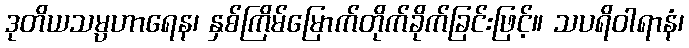
ဒုတိယသမ္ပဟာရေန၊ နှစ်ကြိမ်မြောက်တိုက်ခိုက်ခြင်းဖြင့်။ သပရိဝါရာနံ၊